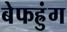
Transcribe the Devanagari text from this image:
बेफह्रुंग